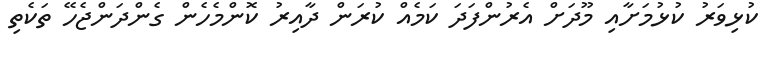
ކުޅިވަރު ކުޅުމަށާއި މޫދަށް އެރުންފަދަ ކަމެއް ކުރަން ދާއިރު ކޮންމެހެން ގެންދަންޖެހޭ ތަކެތި